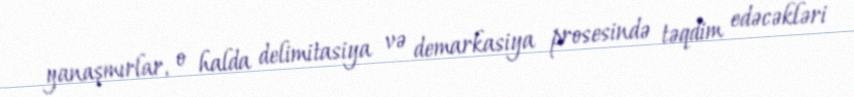
yanaşmırlar, o halda delimitasiya və demarkasiya prosesində təqdim edəcəkləri